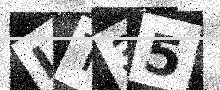
Text: IT35